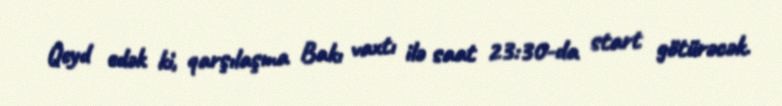
Qeyd edək ki, qarşılaşma Bakı vaxtı ilə saat 23:30-da start götürəcək.